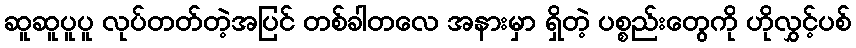
ဆူဆူပူပူ လုပ်တတ်တဲ့အပြင် တစ်ခါတလေ အနားမှာ ရှိတဲ့ ပစ္စည်းတွေကို ဟိုလွှင့်ပစ်